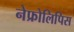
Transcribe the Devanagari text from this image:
नेफ्रोलिपिस